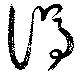
渭